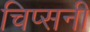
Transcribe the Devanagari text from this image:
चिप्सनी